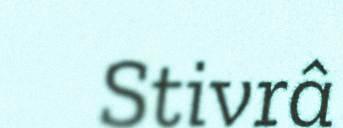
Stivrâ